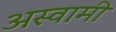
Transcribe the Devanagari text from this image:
अस्वामी